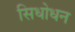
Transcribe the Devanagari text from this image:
सिधोधन